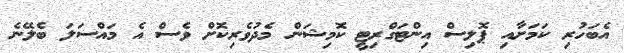
އެބަހުރި ކަމަށާއި ޕޮލިސް އިންޓަގްރިޓީ ކޮމިޝަން މެދުވެރިކޮށް ވެސް އެ މައްސަލަ ބެލޭނެ